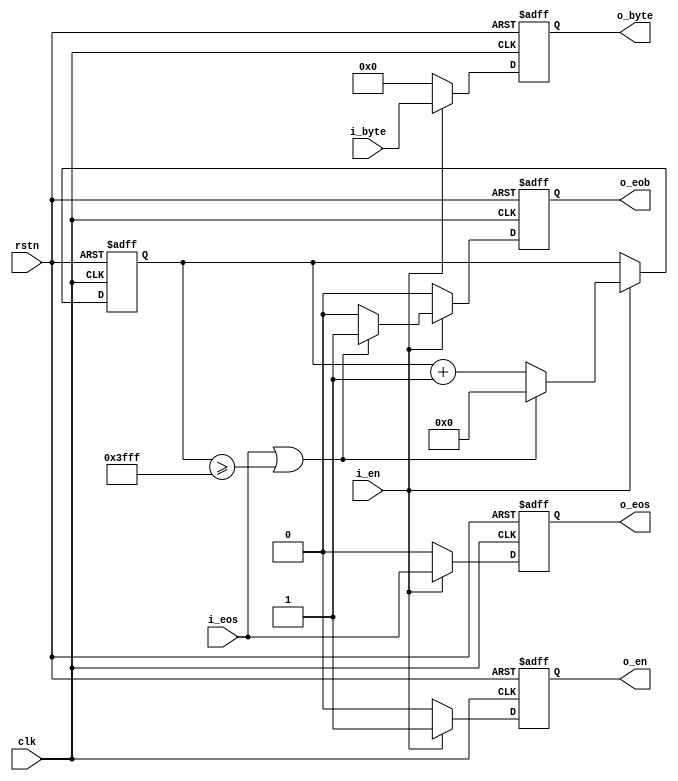
// This program was cloned from: https://github.com/WangXuan95/FPGA-Gzip-compressor
// License: GNU General Public License v3.0


module split_stream_to_block (
    input  wire        rstn,
    input  wire        clk,
    // input stream
    input  wire        i_en,
    input  wire        i_eos,           // end of stream (current byte is the last byte of this stream), a stream that is larger than 16384 bytes is splitted to multiple blocks (done by previous modules).
    input  wire [ 7:0] i_byte,
    // output stream
    output reg         o_en,
    output reg         o_eos,           // end of stream (current byte is the last byte of this stream), a stream that is larger than 16384 bytes is splitted to multiple blocks (done by previous modules).
    output reg         o_eob,           // end of block  (current byte is the last byte of this block) , a block must not be larger than 16384 bytes.
    output reg  [ 7:0] o_byte
);


localparam [13:0] BLOCK_LEN_MINUS1 = 14'h3FFF;


initial  o_en   = 1'b0;
initial  o_eos  = 1'b0;
initial  o_eob  = 1'b0;
initial  o_byte = 8'h0;


reg  [13:0] counter = 14'h0;

always @ (posedge clk or negedge rstn)
    if (~rstn) begin
        counter <= 14'h0;
        o_en   <= 1'b0;
        o_eos  <= 1'b0;
        o_eob  <= 1'b0;
        o_byte <= 8'h0;
    end else begin
        o_en   <= 1'b0;
        o_eos  <= 1'b0;
        o_eob  <= 1'b0;
        o_byte <= 8'h0;
        if (i_en) begin
            o_en   <= 1'b1;
            o_eos  <= i_eos;
            o_byte <= i_byte;
            if (i_eos || (counter >= BLOCK_LEN_MINUS1)) begin
                o_eob <= 1'b1;
                counter <= 14'h0;
            end else
                counter <= counter + 14'h1;
        end
    end


endmodule